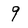
Character: 9